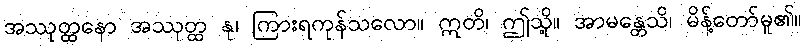
အဿုတ္ထနော အဿုတ္ထ နု၊ ကြားရကုန်သလော။ ဣတိ၊ ဤသို့။ အာမန္တေသိ၊ မိန့်တော်မူ၏။